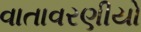
વાતાવરણીયો